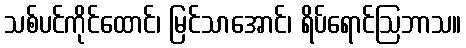
သစ်ပင်ကိုင်ထောင်၊ မြင်သာအောင်၊ ရိပ်ရောင်ဩဘာသ။